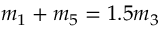
\begin{array} { r } { m _ { 1 } + m _ { 5 } = 1 . 5 m _ { 3 } } \end{array}